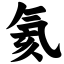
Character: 氦